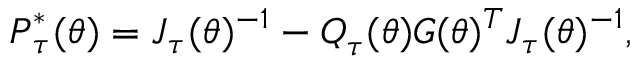
\boldsymbol { P } _ { \boldsymbol { \tau } } ^ { \ast } ( \boldsymbol { \theta } ) = \boldsymbol { J } _ { \boldsymbol { \tau } } ( \boldsymbol { \theta } ) ^ { - 1 } - \boldsymbol { Q } _ { \boldsymbol { \tau } } ( \boldsymbol { \theta } ) \boldsymbol { G } ( \boldsymbol { \theta } ) ^ { T } \boldsymbol { J } _ { \boldsymbol { \tau } } ( \boldsymbol { \theta } ) ^ { - 1 } ,